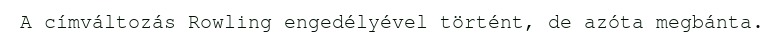
A címváltozás Rowling engedélyével történt, de azóta megbánta.